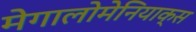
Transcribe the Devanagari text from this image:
मेगालोमेनियाक्स